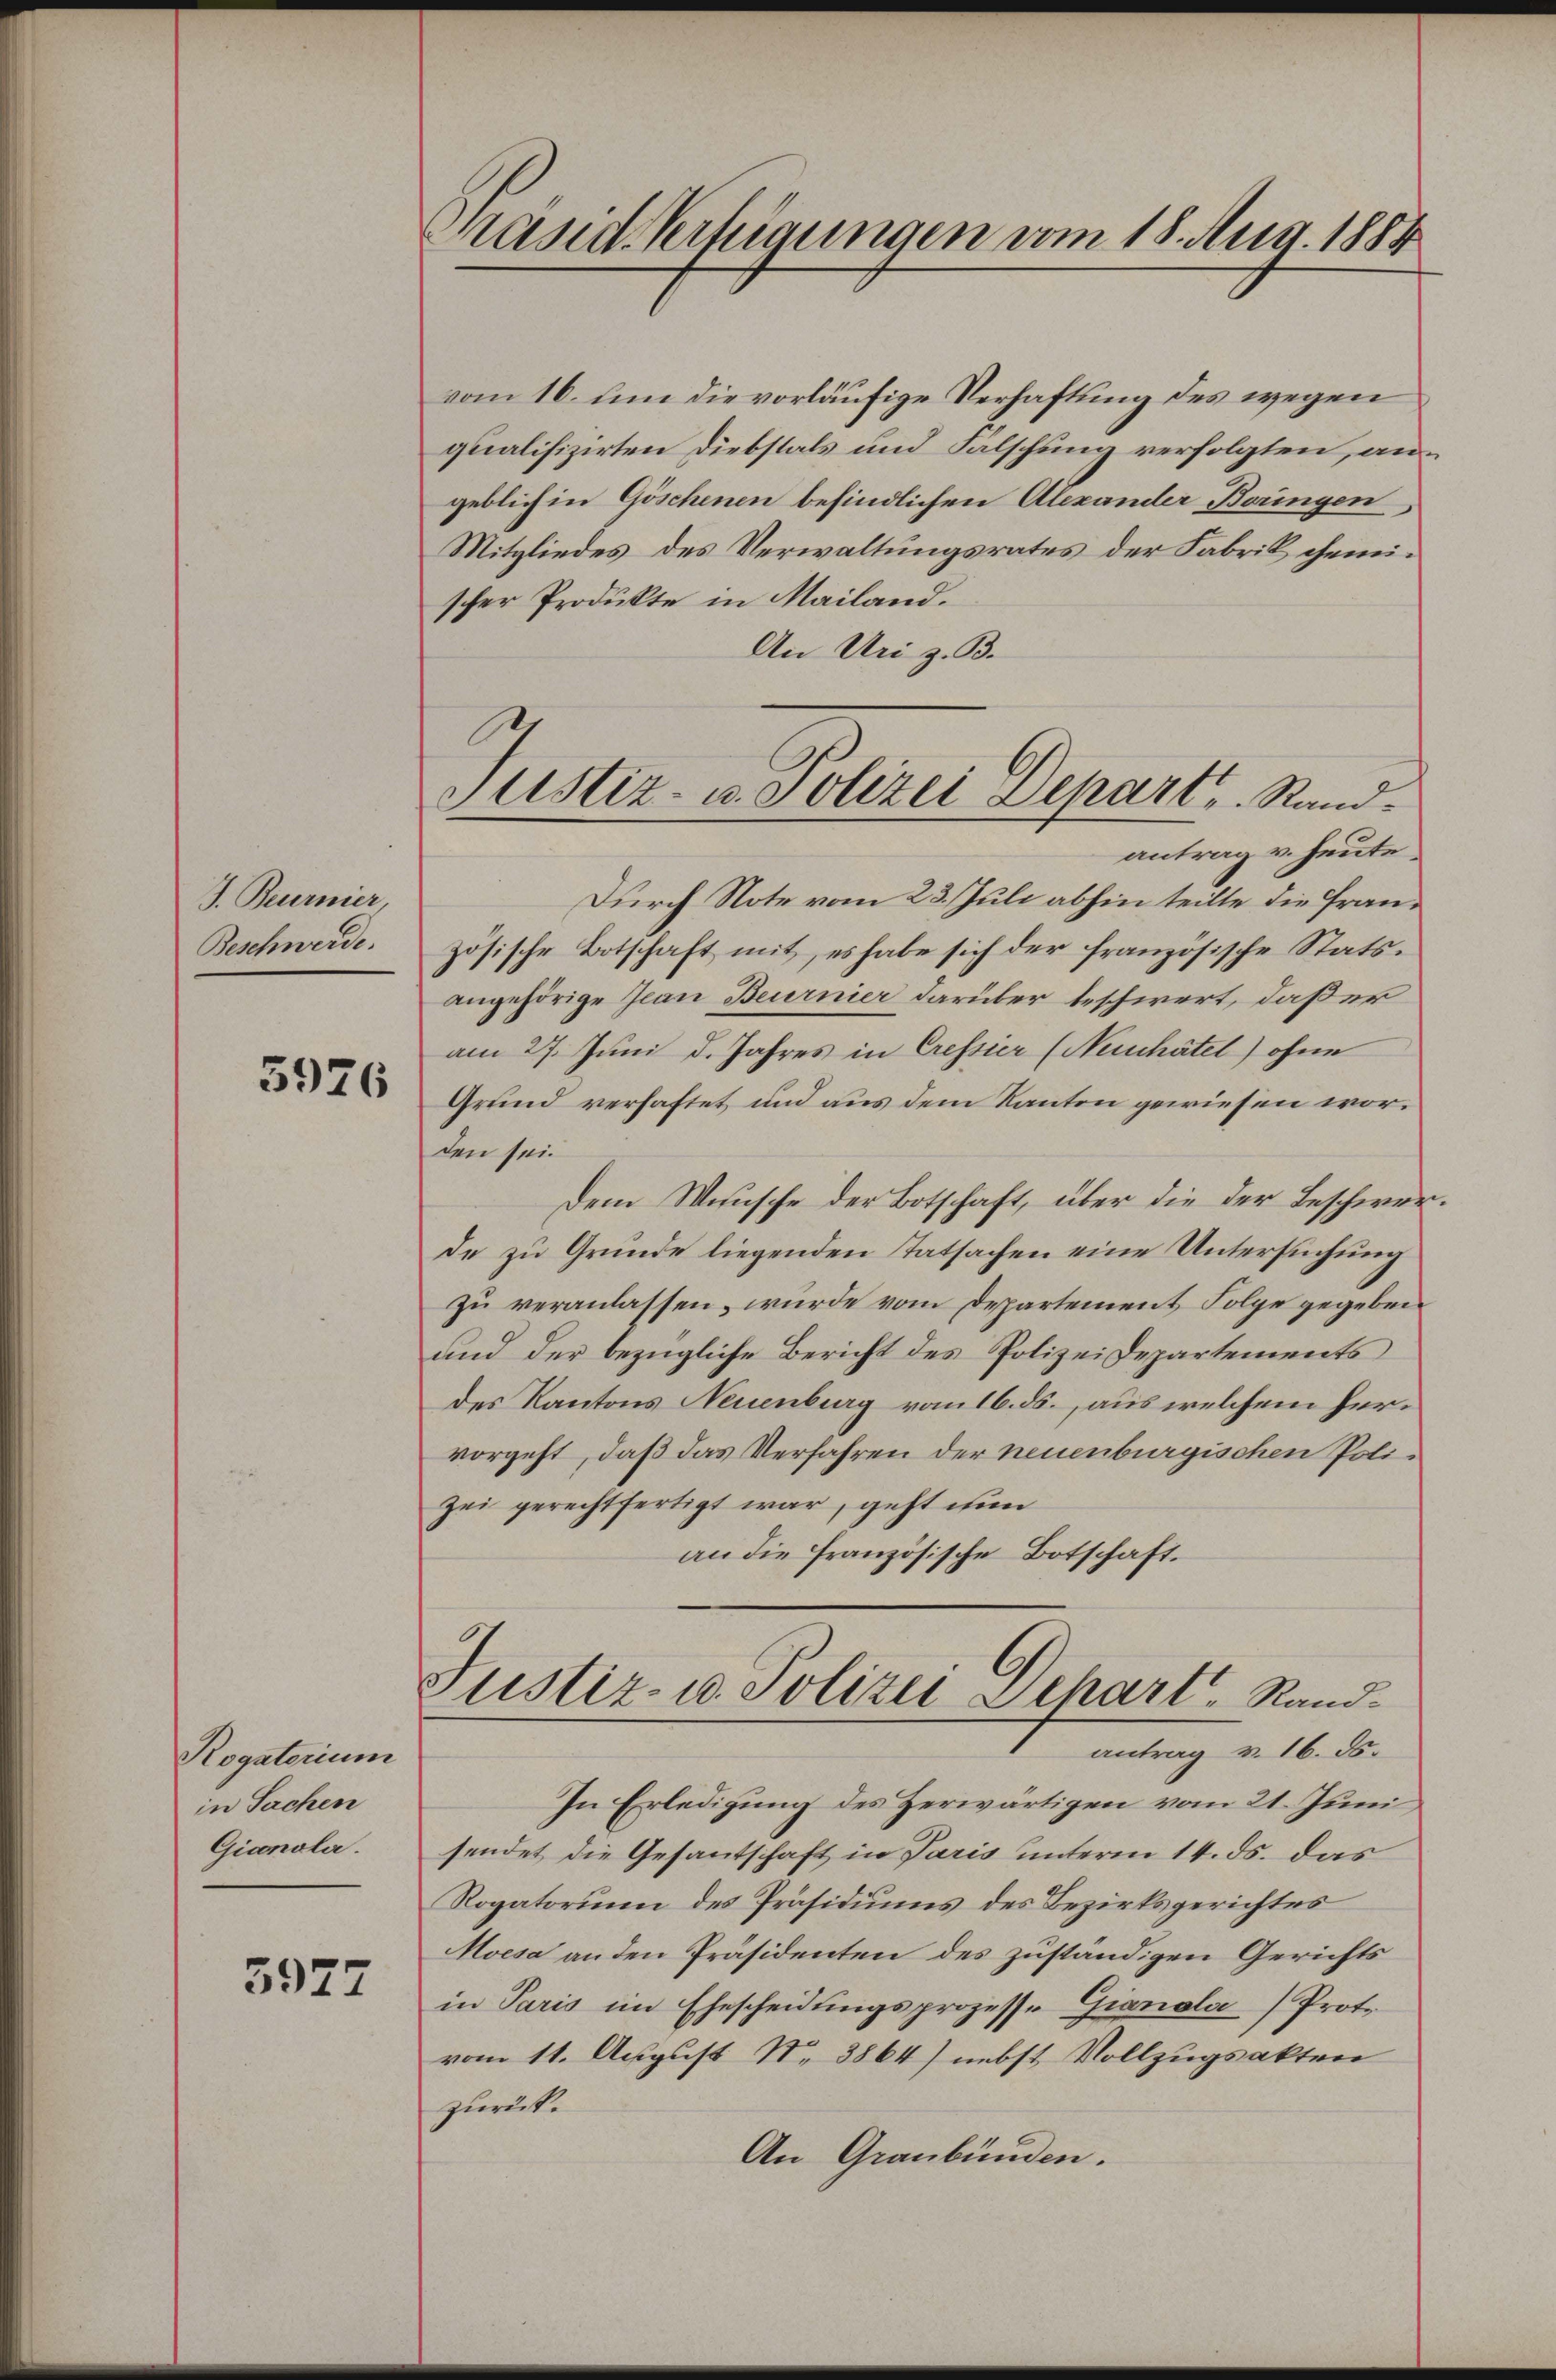
J. Beiernier
Beschwerde.

5926

Rogatorium
in Sachen
Giconola.

3977

Masid-Vertigungen vom 18. Aug. 1884

vom 16. um die vorläufige Verhaftung des wegen
qualifizirten Diebstals und Falschung verfolgten, angeblich in Göschenen befindlichen Alexander Boringen,
Mitgliedes des Verwaltungsrates der Fabrik, chemischer Produkte in Mailand.
An Uri z. B.
antrag v. heute.
Durch Note vom 23. Juli abhin teilte die Französische Botschaft mit, es habe sich der französische Stats¬
1
angehörige Jean Beurnier darüber beschwert, daß er
am 27. Juni d. Jahres in Cressier (Neuchâtel) ohne
Grund verhaftet und aus dem Kanton gewiesen worden sei.
Dem Wunsche der Botschaft, über die der Beschwer
de zu Grunde liegenden Tatsachen eine Untersuchung
zu veranlassen, wurde vom Departement Folge gegeben
und der bezügliche Bericht des Polizeidepartements
des Kantons Neuenburg vom 16. ds., aus welchem hervorgeht, daß das Verfahren der neuenburgischen Polizei gerechtfertigt war, geht nun
an die französische Botschaft.
.
Justiz- u. Polizei Dehart, Rand.
antrag v. 16. ds.
In Erledigung des Zerwärtigen vom 21. Juni
sendet die Gesantschaft in Paris unterm 14. ds. das
Rogatorium des Präsidiums des Bezirksgerichtes
Moesa an den Präsidenten des zuständigen Gerichts
in Paris im Ehescheidungsprozesse Gianola) Proto
vom 11. August No 3864) nebst Vollzugsakten
zurück.
An Graubünden.

Justiz- u. Polizei Departs Rand.